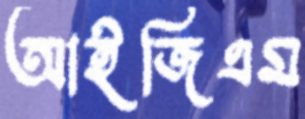
আইজিএম